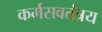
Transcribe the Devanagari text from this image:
कर्मसवतंत्रय